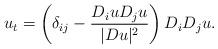
LaTeX: \begin{align*}u_t= \left(\delta_{ij}-\frac{D_iu D_ju}{|Du|^2}\right)D_iD_ju.\end{align*}